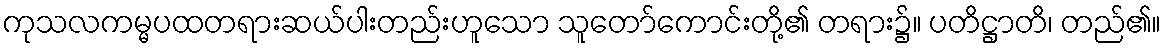
ကုသလကမ္မပထတရားဆယ်ပါးတည်းဟူသော သူတော်ကောင်းတို့၏ တရား၌။ ပတိဋ္ဌာတိ၊ တည်၏။